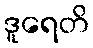
ဒူရေတိ